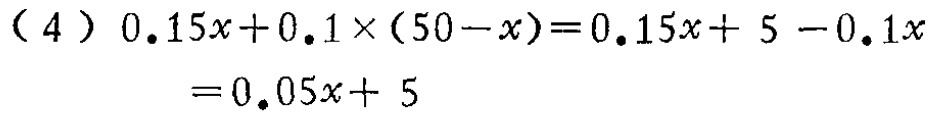
\[

\begin{align*}

&(4)\ 0.15x + 0.1\times(50 - x)=0.15x + 5 - 0.1x\\

&=0.05x + 5

\end{align*}

\]